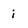
Character: i